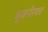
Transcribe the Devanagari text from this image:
भूबनेस्वर